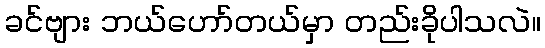
ခင်ဗျား ဘယ်ဟော်တယ်မှာ တည်းခိုပါသလဲ။